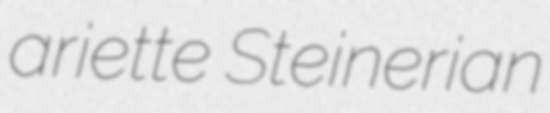
ariette Steinerian